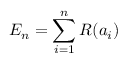
E _ { n } = \sum _ { i = 1 } ^ { n } R ( a _ { i } )